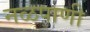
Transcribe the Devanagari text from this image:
नळपाणी